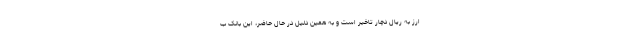
ارز به ریال دچار تاخیر است و به همین دلیل در حال حاضر، این بانک ب